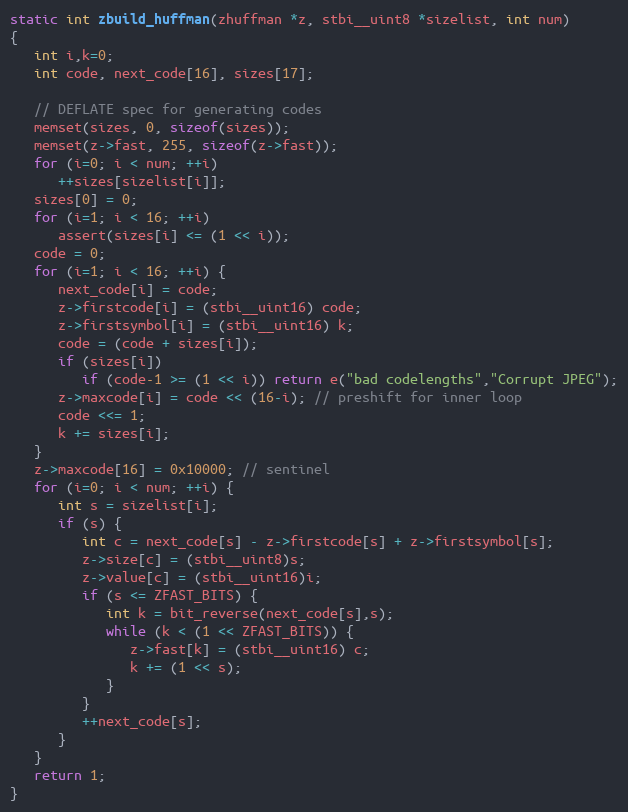
Language: C
static int zbuild_huffman(zhuffman *z, stbi__uint8 *sizelist, int num)
{
   int i,k=0;
   int code, next_code[16], sizes[17];

   // DEFLATE spec for generating codes
   memset(sizes, 0, sizeof(sizes));
   memset(z->fast, 255, sizeof(z->fast));
   for (i=0; i < num; ++i)
      ++sizes[sizelist[i]];
   sizes[0] = 0;
   for (i=1; i < 16; ++i)
      assert(sizes[i] <= (1 << i));
   code = 0;
   for (i=1; i < 16; ++i) {
      next_code[i] = code;
      z->firstcode[i] = (stbi__uint16) code;
      z->firstsymbol[i] = (stbi__uint16) k;
      code = (code + sizes[i]);
      if (sizes[i])
         if (code-1 >= (1 << i)) return e("bad codelengths","Corrupt JPEG");
      z->maxcode[i] = code << (16-i); // preshift for inner loop
      code <<= 1;
      k += sizes[i];
   }
   z->maxcode[16] = 0x10000; // sentinel
   for (i=0; i < num; ++i) {
      int s = sizelist[i];
      if (s) {
         int c = next_code[s] - z->firstcode[s] + z->firstsymbol[s];
         z->size[c] = (stbi__uint8)s;
         z->value[c] = (stbi__uint16)i;
         if (s <= ZFAST_BITS) {
            int k = bit_reverse(next_code[s],s);
            while (k < (1 << ZFAST_BITS)) {
               z->fast[k] = (stbi__uint16) c;
               k += (1 << s);
            }
         }
         ++next_code[s];
      }
   }
   return 1;
}